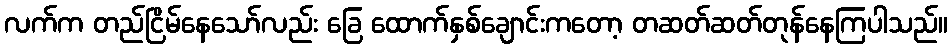
လက်က တည်ငြိမ်နေသော်လည်း ခြေ ထောက်နှစ်ချောင်းကတော့ တဆတ်ဆတ်တုန်နေကြပါသည်။